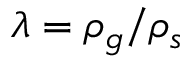
\lambda = \rho _ { g } / \rho _ { s }